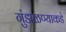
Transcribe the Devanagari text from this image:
गुंडाळण्याकडे